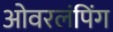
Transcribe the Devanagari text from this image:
ओवरलंपिंग